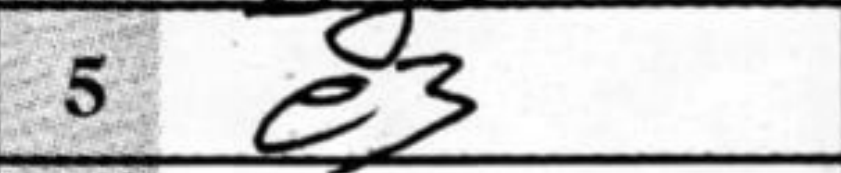
Transcription: e3